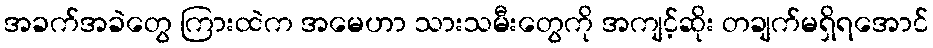
အခက်အခဲတွေ ကြားထဲက အမေဟာ သားသမီးတွေကို အကျင့်ဆိုး တချက်မရှိရအောင်